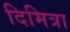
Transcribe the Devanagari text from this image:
दिमित्रा